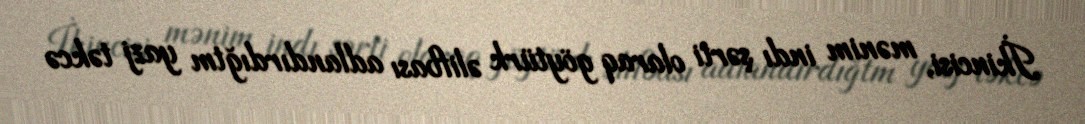
İkincisi, mənim indı şərti olaraq göytürk əlifbası adlandırdığtm yazj təkcə